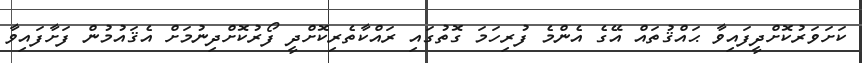
ކަށަވަރުކޮށްދީފައިވާ ޙައްޤުތައް އޭގެ އެންމެ ފުރިހަމަ ގޮތުގައި ރައްކާތެރިކޮށްދީ ފޯރުކޮށްދިނުމަށް އެޤައުމުން ފަށާފައިވާ